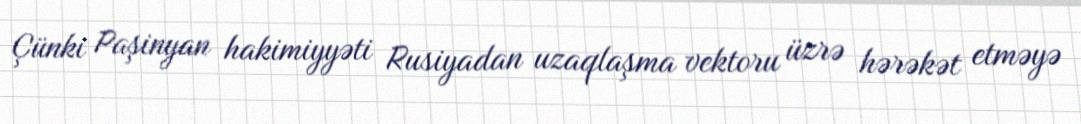
Çünki Paşinyan hakimiyyəti Rusiyadan uzaqlaşma vektoru üzrə hərəkət etməyə